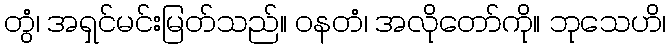
တွံ၊ အရှင်မင်းမြတ်သည်။ ဝနတံ၊ အလိုတော်ကို။ ဘုသေဟိ၊